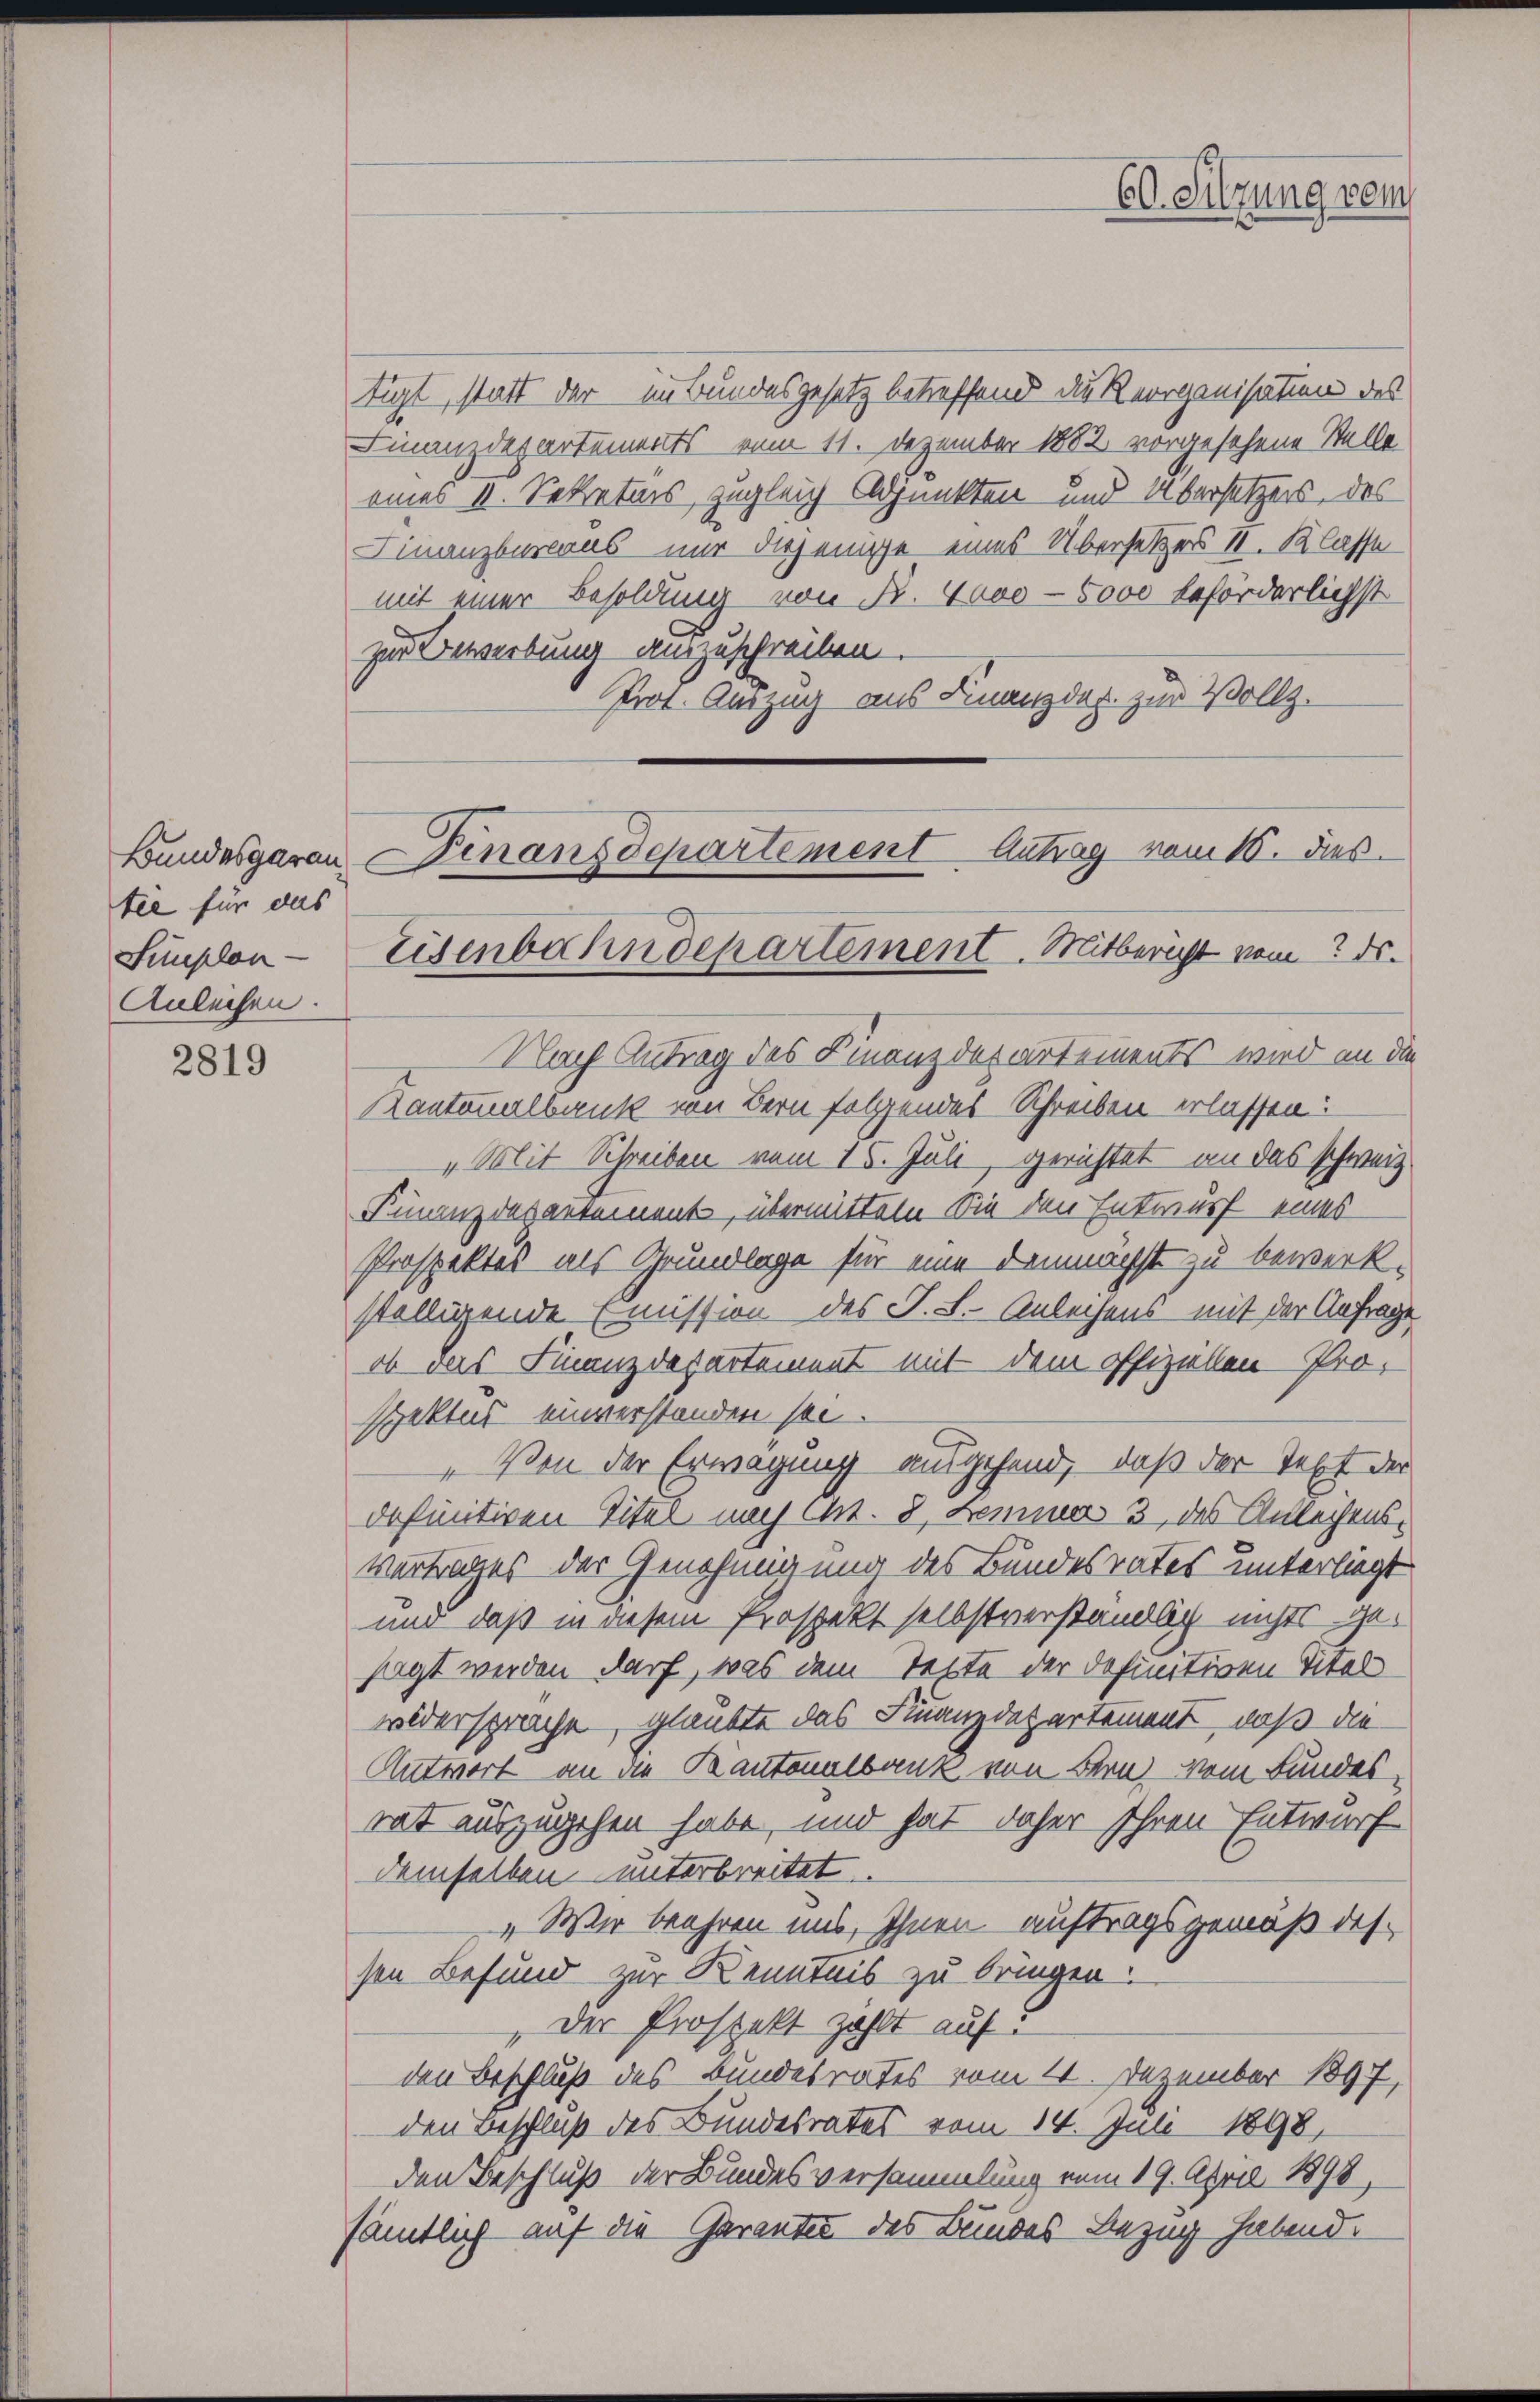
Bundesgaran
tee für das
Simplon —
Anleihen.

2819

tigt, statt der um Bundesgesetz betreffend die Reorganisation des
Finanzdepartements vom 11. Dezember 1882 vorgesehene Stelle
eines II. Sekretärs, zugleich Adjunkten und Übersetzers, des
Finanzbureaus nur diejenige eines Übersetzer II. Klasse
mit einer Besoldung von R. 4000 - 5000 beförderlichst
zur Bewerbung auszuschreiben.
Prot. Auszug aus Finanzdep. zur Vollz.

60. Sitzung vom

Nach Antrag des Finanzdepartements wird an die
Kantonalbank von Bern folgendes Schreiben erlassen:
„Mit Schreiben vom 15. Juli, gerichtet an das schweiz
Finanzdepartement, übermitteln die den Entwurf eines
Prospektes als Grundlage für eine demnächst zu bewerk.
ställigende Emission des J. L. Anleihens mit der Anfrage
ob das Finanzdepartement mit dem offiziellen Pro-
spektus einverstanden sei.
„Von der Erwägung angehend, daß der Text der
definitiven Titel nach Ct. 8, Lemma 3 des Anleihensvertrages der Genehmigung des Bundesrates unterliegt
und daß in diesem Prospekt selbstverständlich nichts gesagt werden darf, was dem Tette der definitiven Titel
widersprache, glaubte das Finanzdepartement, daß die
Antwort an die Kantonalbank von Bern vom Bundesrat auszugehen habe, und hat daher Ihren Entwurf
demselben unterbreitet.
„Wir beehren uns, Ihnen auftragsgemäß dessen Befund zur Kenntnis zu bringen.
Der Prospekt zahlt auf
den Beschluß des Bundesrates vom 14. Dezember 1897,
den Beschluß des Bundesrates vom 14. Juli 1898,
den Beschluß der Bundesversammlung vom 19. April 1890,
sämtlich auf die Garanter des Bundes Bezug habend.

Finanzdepartement Antrag vom 16. ds.
Eisenbahndepartement. Mitbericht vom 2 ds.